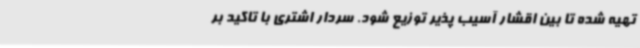
تهیه شده تا بین اقشار آسیب پذیر توزیع شود. سردار اشتری با تاکید بر